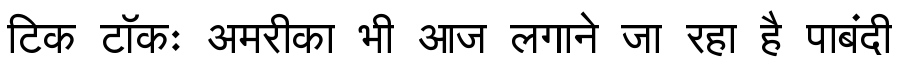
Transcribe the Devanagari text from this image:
टिक टॉकः अमरीका भी आज लगाने जा रहा है पाबंदी